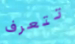
تتعرف